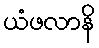
ယံဖလာနိ